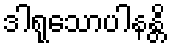
ဒါရုသောပါနန္တိ